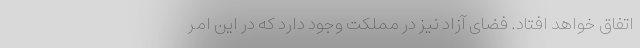
اتفاق خواهد افتاد. فضای آزاد نیز در مملکت وجود دارد که در این امر